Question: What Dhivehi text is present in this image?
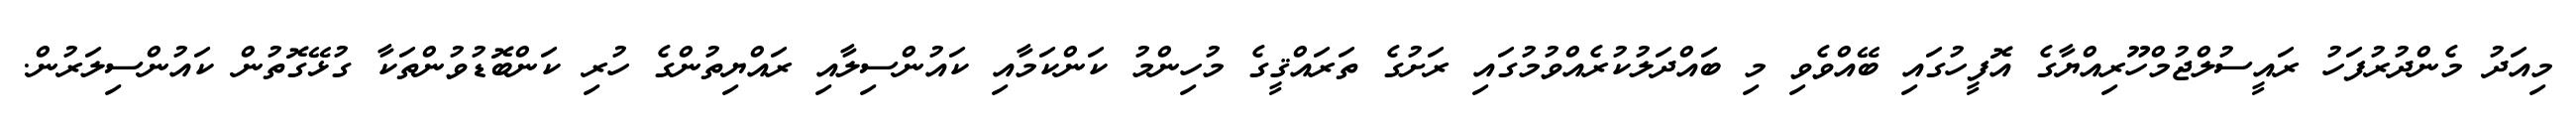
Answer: މިއަދު މެންދުރުފަހު ރައީސުލްޖުމްހޫރިއްޔާގެ އޮފީހުގައި ބޭއްވެވި މި ބައްދަލުކުރެއްވުމުގައި ރަށުގެ ތަރައްޤީގެ މުހިންމު ކަންކަމާއި ކައުންސިލާއި ރައްޔިތުންގެ ހުރި ކަންބޮޑުވުންތަކާ ގުޅޭގޮތުން ކައުންސިލަރުން.